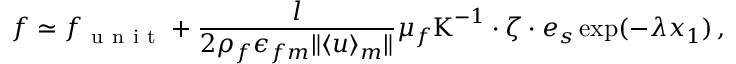
f \simeq f _ { \mathrm { ~ u ~ n ~ i ~ t ~ } } + \frac { l } { 2 \rho _ { f } \epsilon _ { f m } \Vert \langle \boldsymbol { u } \rangle _ { m } \Vert } \mu _ { f } \boldsymbol { \mathrm { K } } ^ { - 1 } \boldsymbol { \cdot } \boldsymbol { \zeta } \boldsymbol { \cdot } \boldsymbol { e } _ { s } \exp ( - \lambda x _ { 1 } ) \, ,